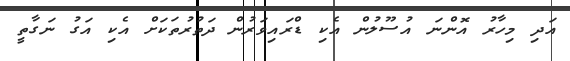
އަދި މިހާރު އޮންނަ އުސޫލުން އެކި ޑްރައިވަރުން ދަތުރުތަކަށް އެކި އަގު ނަގާތީ